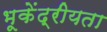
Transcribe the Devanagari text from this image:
भूकेंद्रीयता